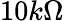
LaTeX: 10k\Omega